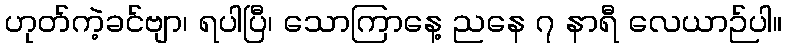
ဟုတ်ကဲ့ခင်ဗျာ၊ ရပါပြီ၊ သောကြာနေ့ ညနေ ၇ နာရီ လေယာဉ်ပါ။